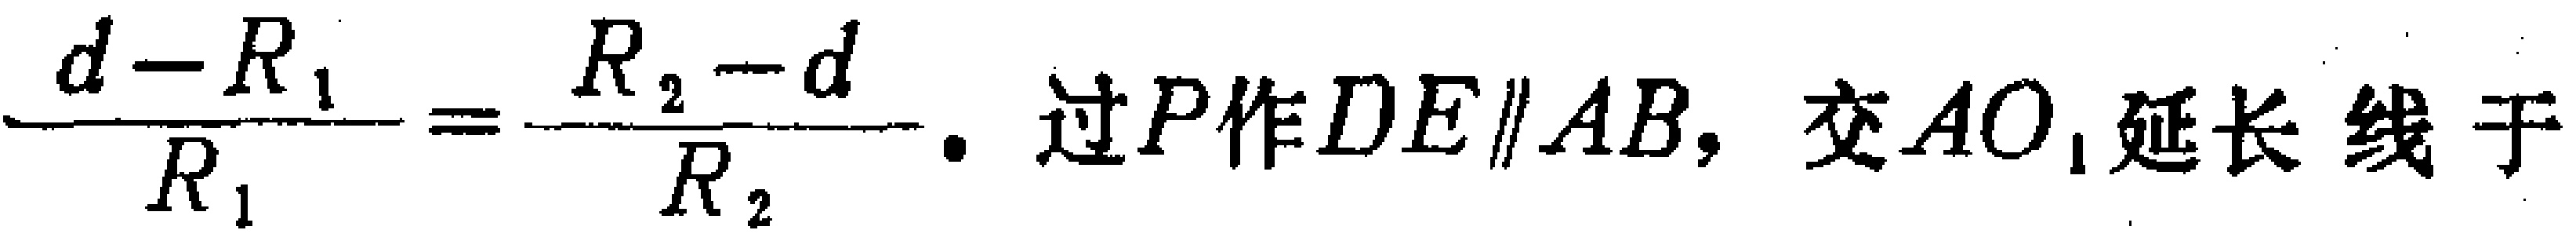
\(\frac{d - R_{1}}{R_{1}}=\frac{R_{2}-d}{R_{2}}\). 过\(P\)作\(DE\parallel AB\)，交\(AO_{1}\)延长线于